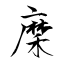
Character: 穈